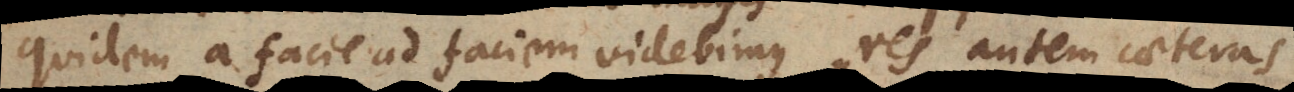
quidem a facie ad faciem videbimus, res autem caeteras